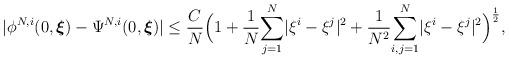
LaTeX: \begin{align*}|\phi^{N,i}(0,\boldsymbol{\xi})-\Psi^{N,i}(0,\boldsymbol{\xi})|\leq\frac{C}{N}\Big(1+\frac{1}{N}\underset{j=1}{\overset{N}\sum}|\xi^{i}-\xi^{j}|^2+\frac{1}{N^2}\underset{i,j=1}{\overset{N}{\sum}}|\xi^{i}-\xi^{j}|^2\Big)^{\frac{1}{2}},\end{align*}